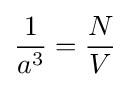
{\frac {1}{a^{3}}}={\frac {N}{V}}